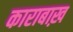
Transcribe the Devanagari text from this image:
काराबाख़